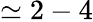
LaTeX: \simeq 2-4